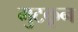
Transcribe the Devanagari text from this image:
मुटकून